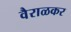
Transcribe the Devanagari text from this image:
वैराळकर